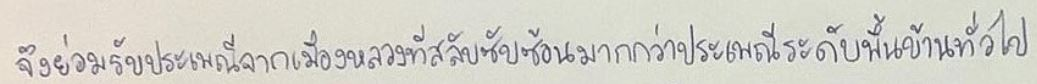
จึงย่อมรับประเพณีจากเมืองหลวงที่สลับซับซ้อนมากกว่าประเพณีระดับพื้นบ้านทั่วไป